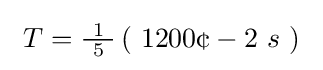
\ T={\tfrac {\ 1\ }{5}}\left(\ 1200{\text{¢}}-2\ s\ \right)\